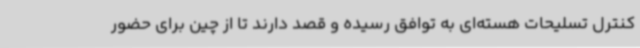
کنترل تسلیحات هسته‌ای به توافق رسیده‌ و قصد دارند تا از چین برای حضور